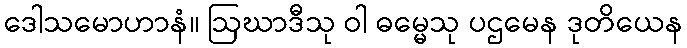
ဒေါသမောဟာနံ။ ဩဃာဒီသု ဝါ ဓမ္မေသု ပဌမေန ဒုတိယေန